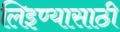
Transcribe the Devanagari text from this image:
लिइण्यासाठी